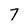
Character: 7